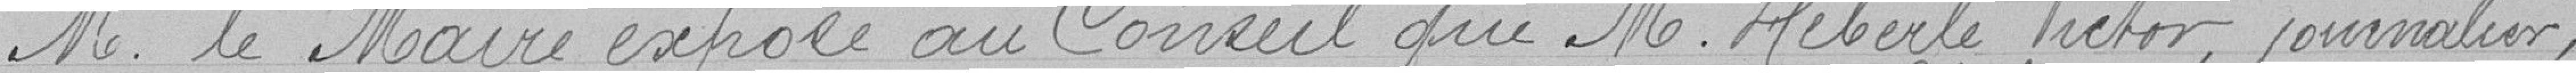
M. le Maire expose au Conseil que M. Héberlé Victor, journalier